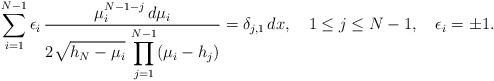
LaTeX: \begin{align*}\sum_{i=1}^{N-1} \epsilon_{i} \, {\mu_{i}^{N-1-j} \, d\mu_{i}\over\displaystyle 2\sqrt{h_{N}-\mu_{i}} \,\prod_{j=1}^{N-1}(\mu_{i}-h_{j})} =\delta_{j,1}\, dx,\quad 1\leq j\leq N-1, \quad \epsilon_{i}=\pm 1.\end{align*}